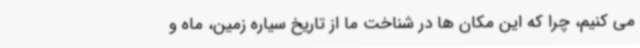
می کنیم، چرا که این مکان ها در شناخت ما از تاریخ سیاره زمین، ماه و